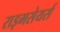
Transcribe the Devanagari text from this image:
राइमसेयर्स